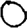
Digit: 0